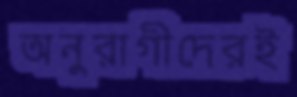
অনুরাগীদেরই